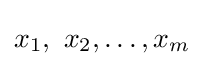
x_{1},\ x_{2},\ldots ,x_{m}